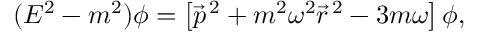
( E ^ { 2 } - m ^ { 2 } ) \phi = \left[ \vec { p } ^ { \, 2 } + m ^ { 2 } \omega ^ { 2 } \vec { r } ^ { \, 2 } - 3 m \omega \right] \phi ,